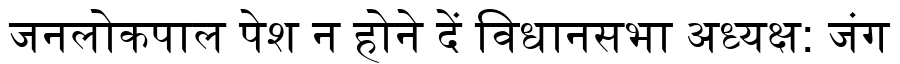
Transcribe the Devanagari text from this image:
जनलोकपाल पेश न होने दें विधानसभा अध्यक्ष: जंग